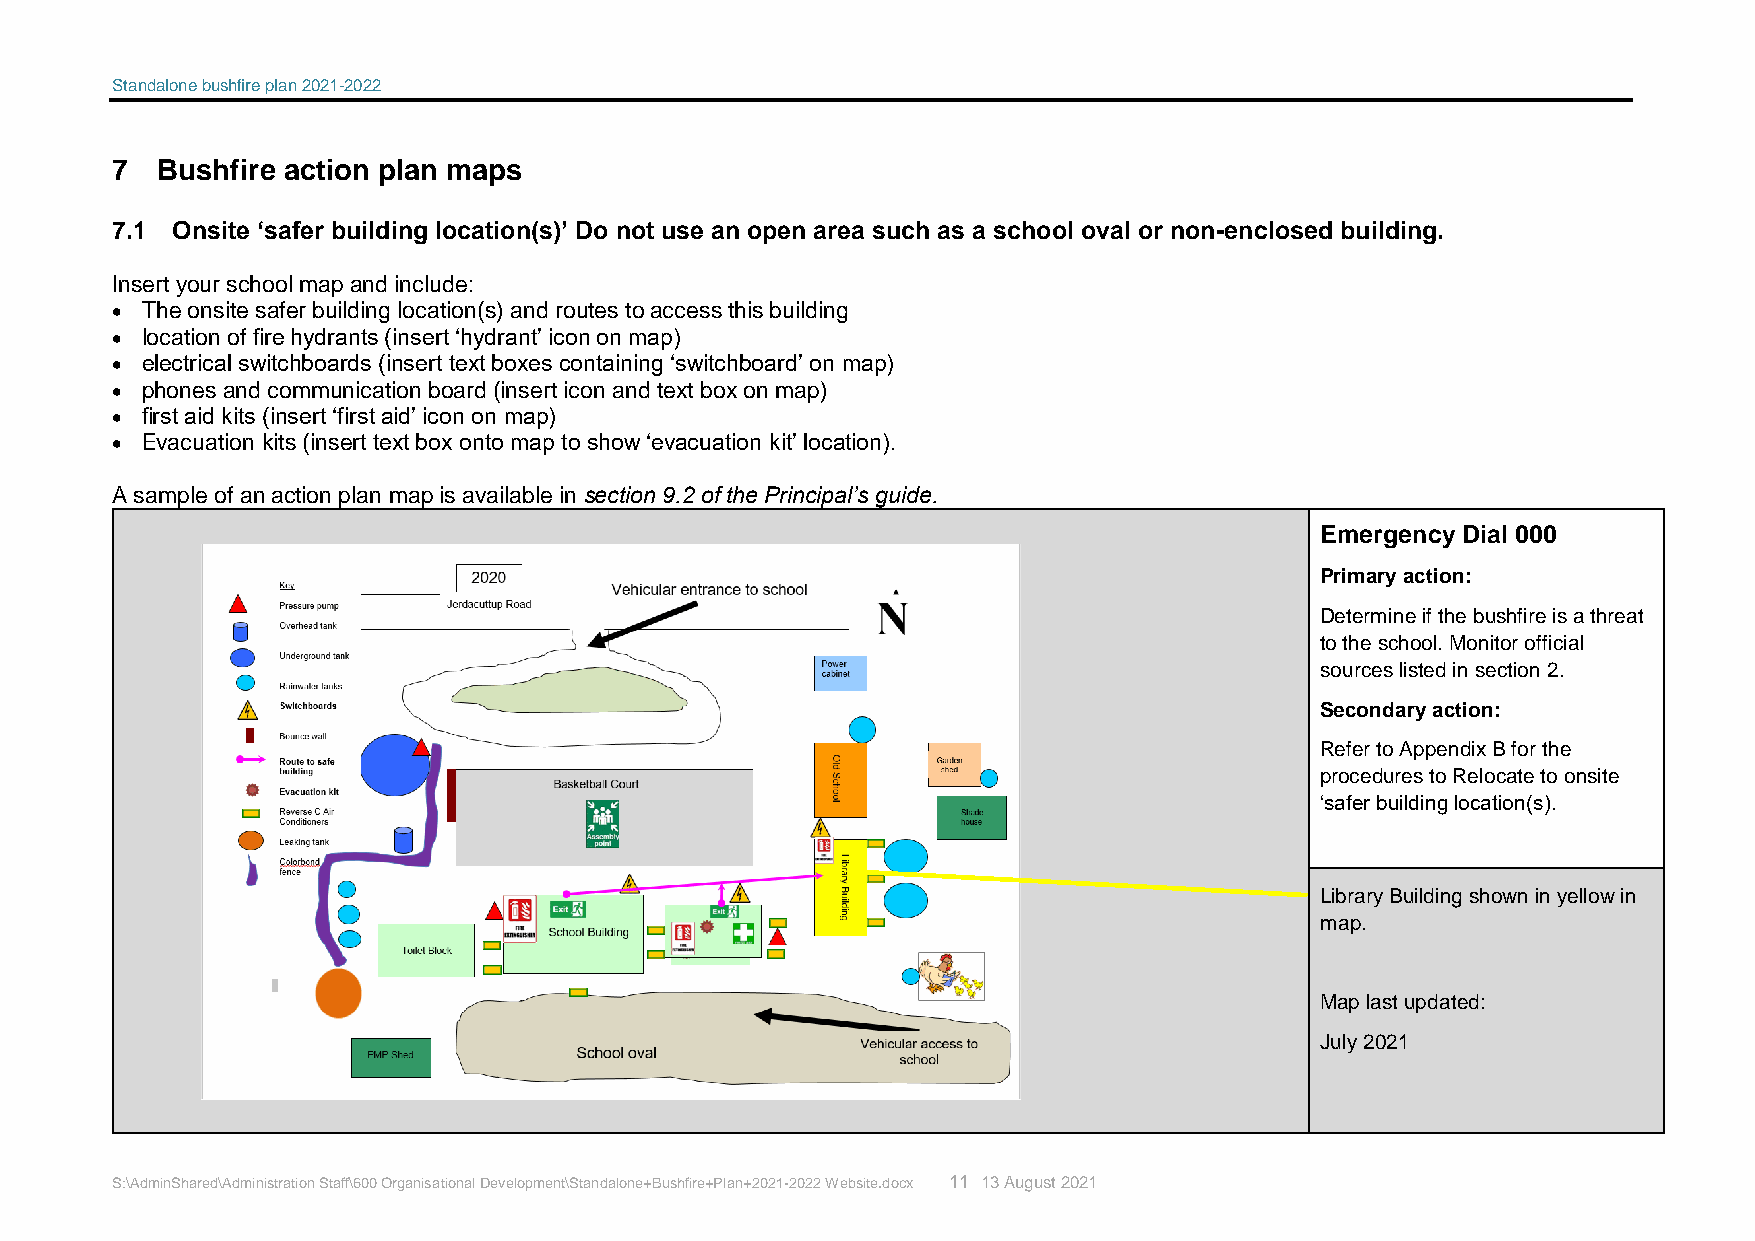
Standalone bushfire plan 2021-2022
 7  Bushfire action plan maps
 7.1 Onsite ‘safer building location(s)’ Do not use an open area such as a school oval or non-enclosed building.
 Insert your school map and include:
  The onsite safer building location(s) and routes to access this building
  location of fire hydrants (insert ‘hydrant’ icon on map)
  electrical switchboards (insert text boxes containing ‘switchboard’ on map)
  phones and communication board (insert icon and text box on map)
  first aid kits (insert ‘first aid’ icon on map)
  Evacuation kits (insert text box onto map to show ‘evacuation kit’ location).
 A sample of an action plan map is available in section 9.2 of the Principal’s guide.
 Emergency Dial 000
 Primary action:
 Determine if the bushfire is a threat
 to the school. Monitor official
 sources listed in section 2.
 Secondary action:
 Refer to Appendix B for the
 procedures to Relocate to onsite
 ‘safer building location(s).
 Library Building shown in yellow in
 map.
 Map last updated:
 July 2021
 S:\AdminShared\Administration Staff\600 Organisational Development\Standalone+Bushfire+Plan+2021-2022 Website.docx 11 13 August 2021